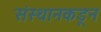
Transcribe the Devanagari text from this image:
संस्थानकडून